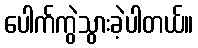
ပေါက်ကွဲသွားခဲ့ပါတယ်။